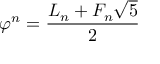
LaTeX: \varphi ^ { n } = { \frac { L _ { n } + F _ { n } { \sqrt { 5 } } } { 2 } }